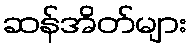
ဆန်အိတ်များ